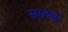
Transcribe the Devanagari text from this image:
साठवु